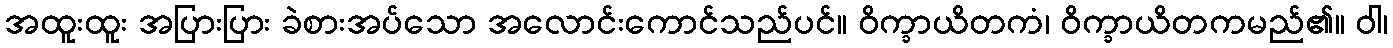
အထူးထူး အပြားပြား ခဲစားအပ်သော အလောင်းကောင်သည်ပင်။ ဝိက္ခာယိတကံ၊ ဝိက္ခာယိတကမည်၏။ ဝါ၊